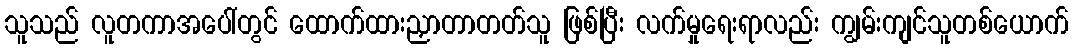
သူသည် လူတကာအပေါ်တွင် ထောက်ထားညှာတာတတ်သူ ဖြစ်ပြီး လက်မှုရေးရာလည်း ကျွမ်းကျင်သူတစ်ယောက်